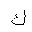
Letter: _kaf